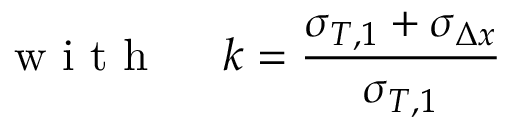
\mathrm { ~ w ~ i ~ t ~ h ~ \quad ~ } k = \frac { \sigma _ { T , 1 } + \sigma _ { \Delta x } } { \sigma _ { T , 1 } }